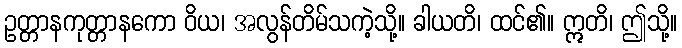
ဥတ္တာနကုတ္တာနကော ဝိယ၊ အလွန်တိမ်သကဲ့သို့။ ခါယတိ၊ ထင်၏။ ဣတိ၊ ဤသို့။